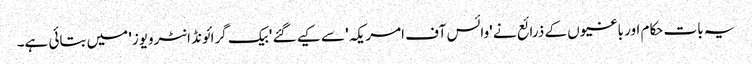
یہ بات حکام اور باغیوں کے ذرائع نے 'وائس آف امریکہ' سے کیے گئے 'بیک گرائونڈ انٹرویوز' میں بتائی ہے۔